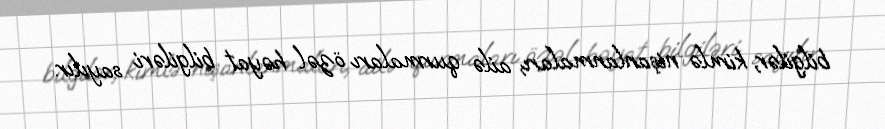
bilgilər, kimlə nişanlanmaları, ailə qurmaları özəl həyat bilgiləri sayılır.